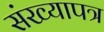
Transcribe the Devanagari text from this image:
संख्यापत्र